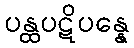
ပန္ထပဋိပန္နေ